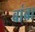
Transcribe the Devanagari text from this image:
बांबा